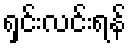
ရှင်းလင်းရန်